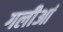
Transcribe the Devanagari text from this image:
गलीआं